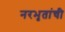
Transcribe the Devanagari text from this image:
नरभृतांची